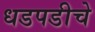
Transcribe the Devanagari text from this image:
धडपडीचे